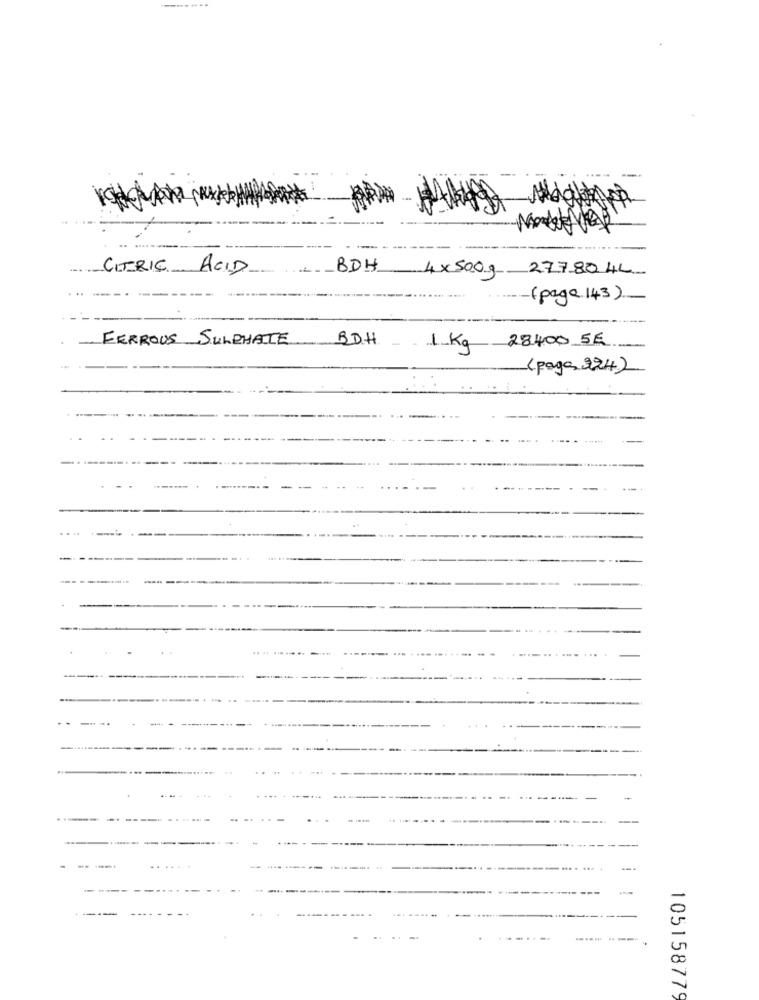
-------
CITRIC
ACID
BDH
4x500g 277804L
-(page 143)
FERROUS SULPHATE
BDH
1 Kg 28400 5E
(paga 324)
-.
105158779